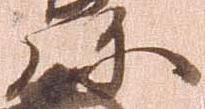
弥